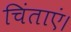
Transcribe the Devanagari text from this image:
चिंताएं।